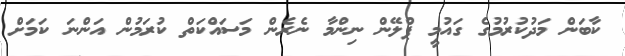
ކާބަން މަދުކުރުމުގެ ގައުމީ ޕްލޭން ނިންމާ ނެރެން މަސައްކަތް ކުރަމުން އަންނަ ކަަމަށް